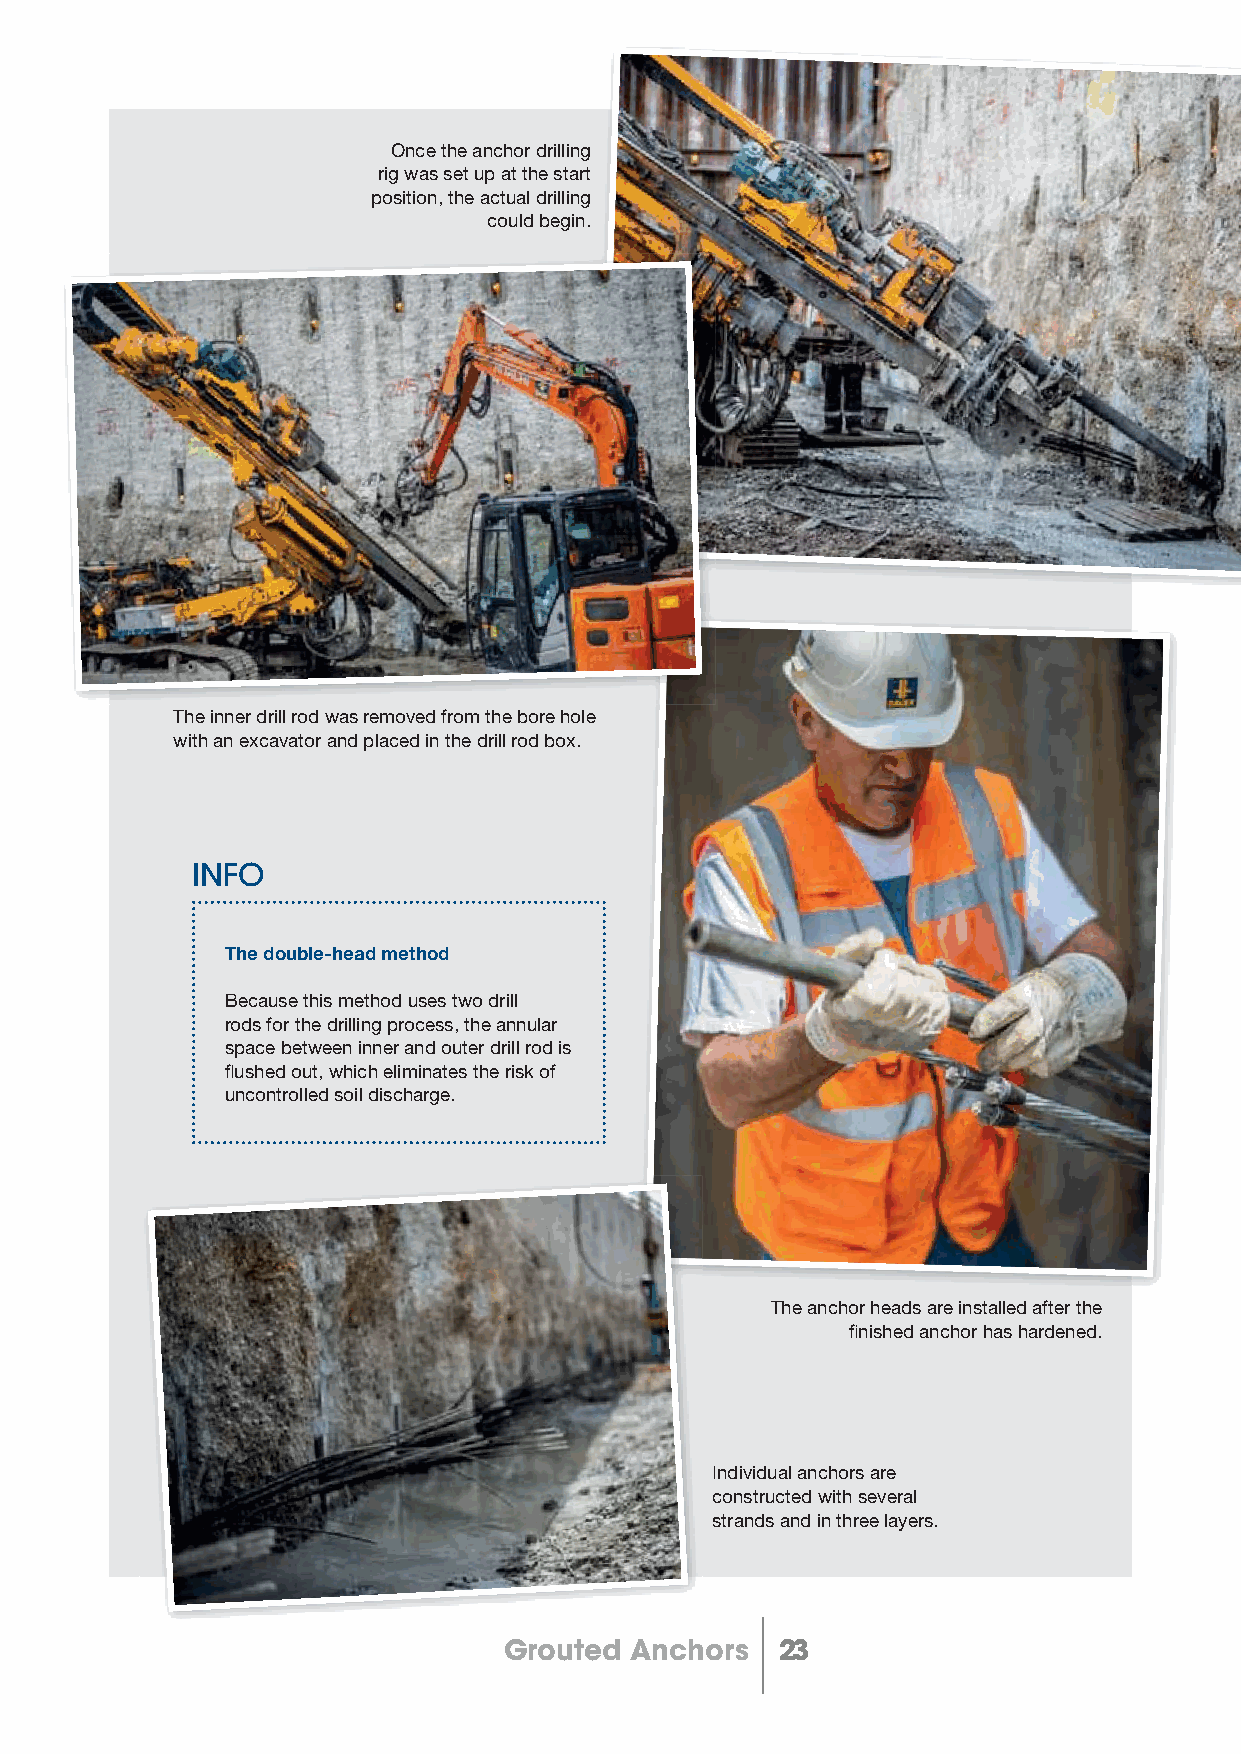
Once the anchor drilling
 rig was set up at the start
 position, the actual drilling
 could begin.
 The inner drill rod was removed from the bore hole
 with an excavator and placed in the drill rod box.
 INFO
 The double-head method
 Because this method uses two drill
 rods for the drilling process, the annular
 space between inner and outer drill rod is
 fl ushed out, which eliminates the risk of
 uncontrolled soil discharge.
 The anchor heads are installed after the
 fi nished anchor has hardened.
 Individual anchors are
 constructed with several
 strands and in three layers.
 Grouted  Anchors   23